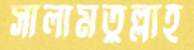
সালামতুল্লাহ